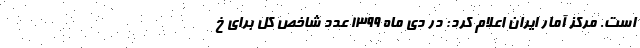
است. مرکز آمار ایران اعلام کرد: در دی ماه 1399 عدد شاخص کل برای خ